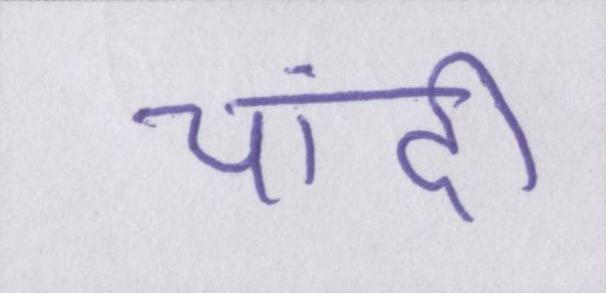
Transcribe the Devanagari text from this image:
चांदी